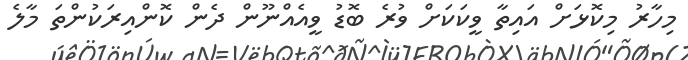
މިހާރު މިކޮޅަށް އައިތާ ވީކަކަށް ވުރެ ބޮޑު ވީއެއްނޫން ދެން ކޮންއިރަކުންތަ މާލެ